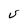
Character: U